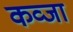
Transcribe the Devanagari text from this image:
कव्जा